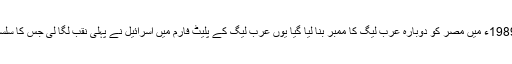
یہی وجہ ہے کہ جنرل ضیاء الحق کی کوششوں سے 1989ء میں مصر کو دوبارہ عرب لیگ کا ممبر بنا لیا گیا یوں عرب لیگ کے پلیٹ فارم میں اسرائیل نے پہلی نقب لگا لی جس کا سلسلہ بعد میں اردن، مراکش، عمان اور قطر تک جاپہنچا۔